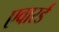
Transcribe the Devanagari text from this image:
एवारर्ड